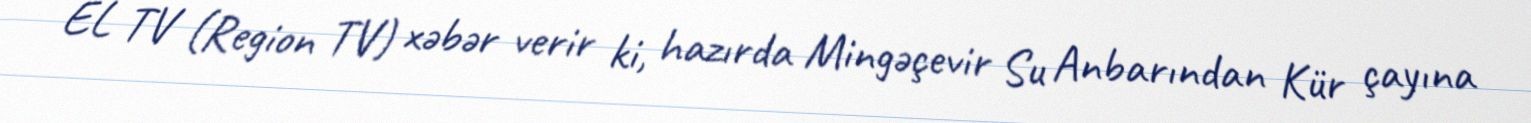
EL TV (Region TV) xəbər verir ki, hazırda Mingəçevir Su Anbarından Kür çayına